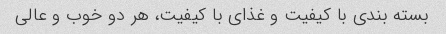
بسته بندی با کیفیت و غذای با کیفیت، هر دو خوب و عالی